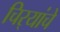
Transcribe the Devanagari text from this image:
चिर्‍यांचे